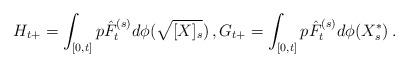
LaTeX: \begin{align*} H_{t+}=\int_{[0,t]} p\hat{F}^{(s)}_t d\phi(\sqrt{[X]_s}) \, , G_{t+}=\int_{[0,t]} p\hat{F}^{(s)}_t d\phi(X_s^*) \, .\end{align*}